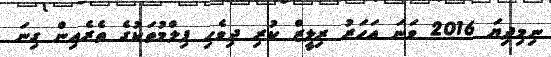
ނިމިދިޔަ 2016 ވަނަ އަހަރު ރިލީޒް ކުރި ދިވެހި ފިލްމުތަކުގެ ތެރެއިން ގިނަ